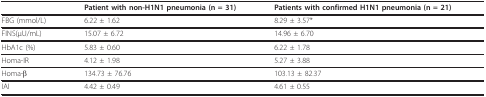
<table><thead><tr><td></td><td><b>Patient with non-H1N1 pneumonia (n = 31)</b></td><td><b>Patients with confirmed H1N1 pneumonia (n = 21)</b></td></tr></thead><tbody><tr><td>FBG (mmol/L)</td><td>6.22 ± 1.62</td><td>8.29 ± 3.57*</td></tr><tr><td>FINS(μU/mL)</td><td>15.07 ± 6.72</td><td>14.96 ± 6.70</td></tr><tr><td>HbA1c (%)</td><td>5.83 ± 0.60</td><td>6.22 ± 1.78</td></tr><tr><td>Homa-IR</td><td>4.12 ± 1.98</td><td>5.27 ± 3.88</td></tr><tr><td>Homa-β</td><td>134.73 ± 76.76</td><td>103.13 ± 82.37</td></tr><tr><td>IAI</td><td>4.42 ± 0.49</td><td>4.61 ± 0.55</td></tr></tbody></table>